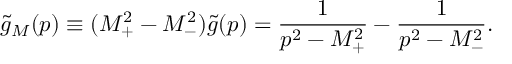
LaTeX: \tilde { g } _ { M } ( p ) \equiv ( M _ { + } ^ { 2 } - M _ { - } ^ { 2 } ) \tilde { g } ( p ) = \frac { 1 } { p ^ { 2 } - M _ { + } ^ { 2 } } - \frac { 1 } { p ^ { 2 } - M _ { - } ^ { 2 } } .